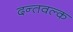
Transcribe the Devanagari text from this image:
दन्तवल्क